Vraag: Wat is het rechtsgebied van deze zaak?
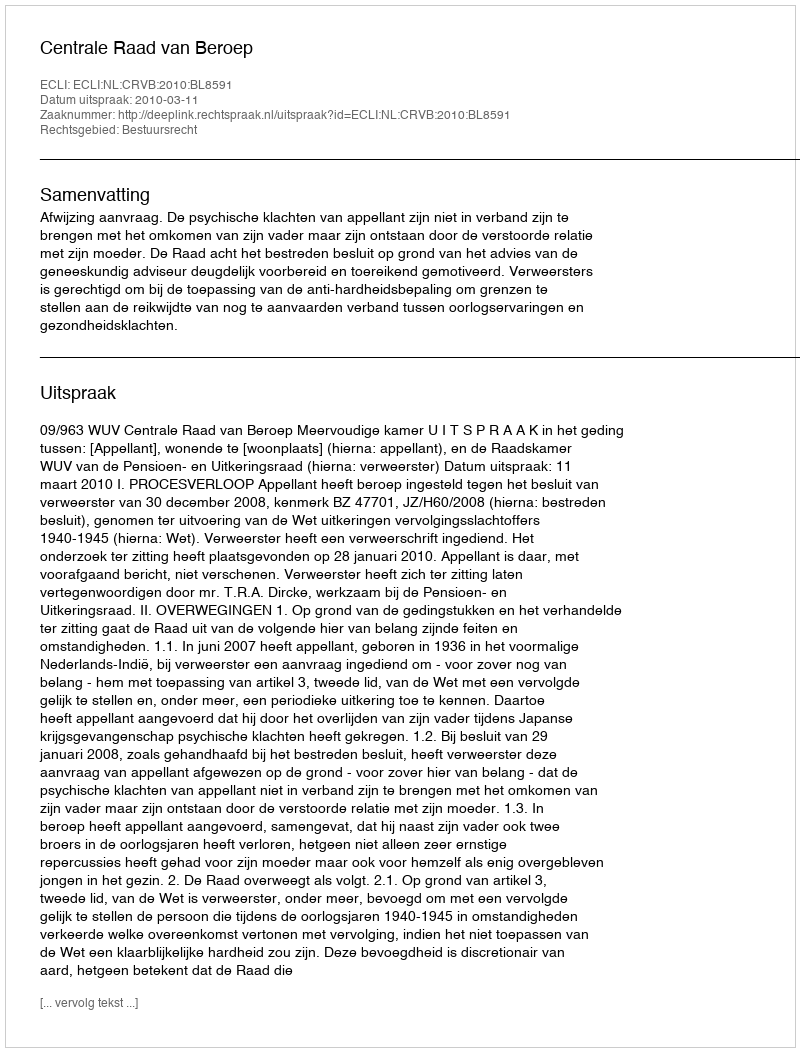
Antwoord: Bestuursrecht